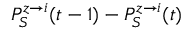
P _ { S } ^ { z \rightarrow i } ( t - 1 ) - P _ { S } ^ { z \rightarrow i } ( t )